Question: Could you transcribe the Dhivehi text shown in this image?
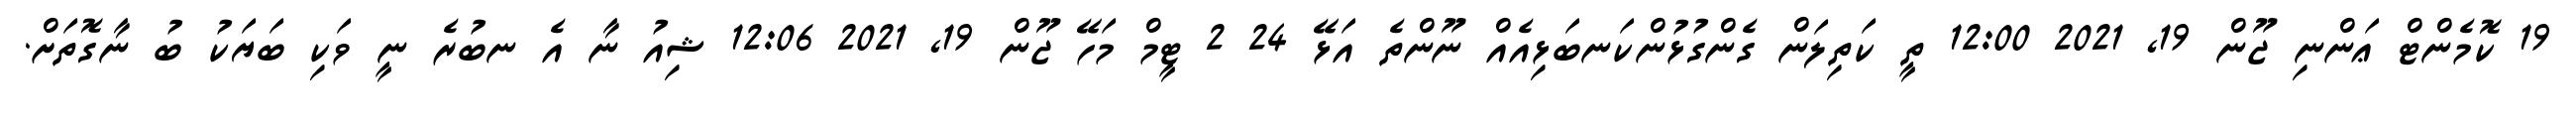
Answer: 19 ކޮމެންޓް ޢަންނި ޖޫން 19, 2021 12:00 ތީ ކަތިލަން ގެންގުޅުންކަނބަޅިއެއް ނޫންތެ އަޅޭ 24 2 ޓީމް މަހޭ ޖޫން 19, 2021 12:06 ޝިއު ނާ އެ ނބުރެ ނީ ވަކި ބަޔަކު ބު ނާގޮތަށް.